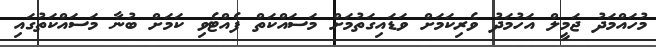
މުހައްމަދު ޖަމީލް އަހުމަދު ވެރިކަމަށް ވަޑައިގަތުމަށް މަސައްކަތް ފެއްޓެވި ކަމަށް ބުނާ މަސައްކަތުގައި